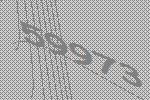
59973